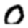
Digit: 0